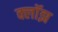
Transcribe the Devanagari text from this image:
क्लॉझ